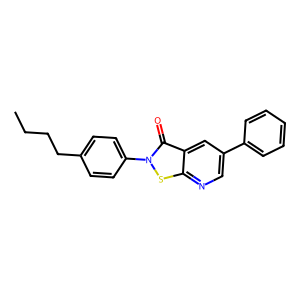
SMILES: CCCCc1ccc(-n2sc3ncc(-c4ccccc4)cc3c2=O)cc1
Inhibits HIV replication: Yes